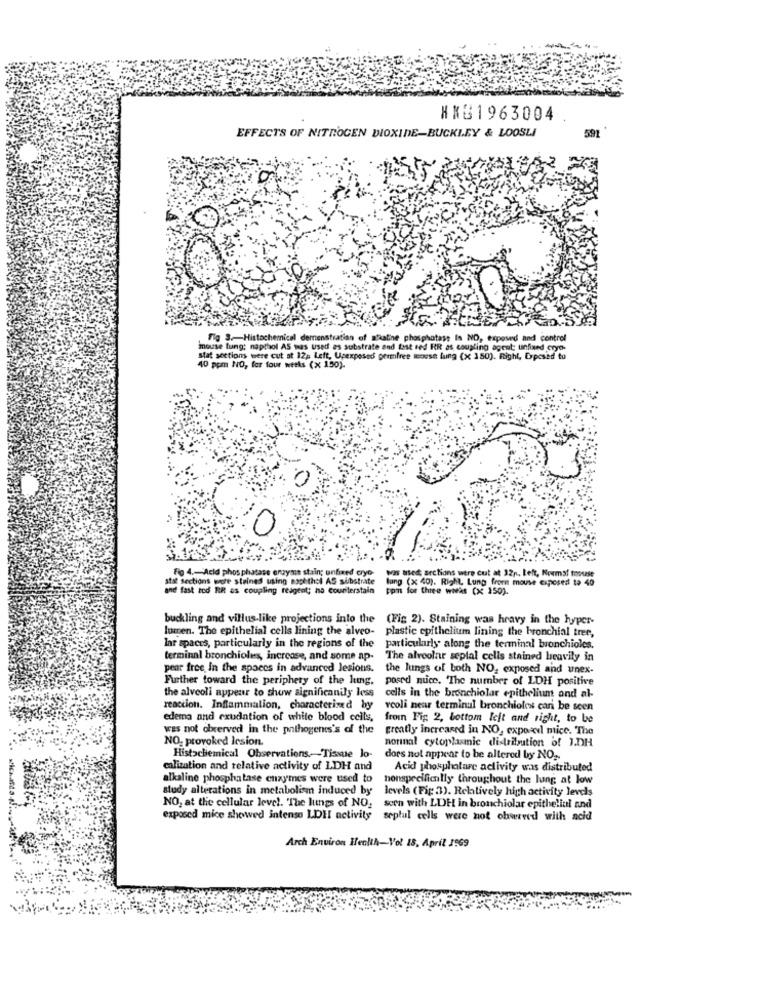
HX31963004
591
EFFECTS OF NITROGEN DIOXIDE-BUCKLEY & LOOSLI
fig 3 .- Histochemical demonstration of 'haline phosphatase Is NO, exposed and control
mouse tung; napthol AS was used as substrate and tist red RR as coupling agent: unfixed cryo-
stat sections were cut at 12; Left, Upexposed permfree mouse fung (x 350). Right, Exposed to
40 ppm NO, for four weeks (x 150).
Fig 4 .- Acid phos phatase erzyme stain; unfixed cryo was used sections were cut at 12,
stil sections were stained using nachthsl AS substrate lang (x 40). Right, Lung from m
lang (x 40). Right, Lung from mouse exposed to 40
pas asedt sections were cut at 32p. Left, Noums! thouse
and fast zod RR as coupling reagent; ha counterstain ppin for three wieks (x 150).
buckling and villus-like projections into the
(Fig 2). Staining was hravy in the hyper-
lumen. The epithelial cells lining the alveo-
plastic epithelium lining the bronchial tree,
lar spaces, particularly in the regions of the particularly along the terminal bronchioles.
terminal bronchioles, increase, and some ap-
The alveolar seplal cells stained heavily in
pear free, In the spaces in advanced lesions.
the lungs of both NO, exposed and unex-
Further toward the periphery of the lung.
posed nuce. "The number of LDH positive
the alveoli appear to show significantly less
cells in the bronchiolar epithelium ond al-
reaction. Inflammation, characterized by
veoli near terminul bronchioles can be seen
edema and cxudation of white blood cells,
froin Fig. 2, bottom left and right, to be
was not observed in the pathogens's of the
greatly increased in NO, expoxd mice. The
NO: provoked lesion.
normal cytoplasmic distribution of J.DH
Histochemical Observations, Tissue lo-
does not appear to be altered by NO2.
calization and relative activity of LDH and
Acid phosphatare activity was distributed
alkaline phosphatase enzymes were used to
honspecifically throughout the lung at low
study alterations in metabolism induced by
levels (Fig 3). Relatively high activity levels
NO, at the cellular level. "The lungs of NO, scen with LDE in bronchiolar epithellul and
exposed mice showed intenso LDHI activity seplul cells were not observed with acid
Arch Environ Health-Vol 18. April 1969